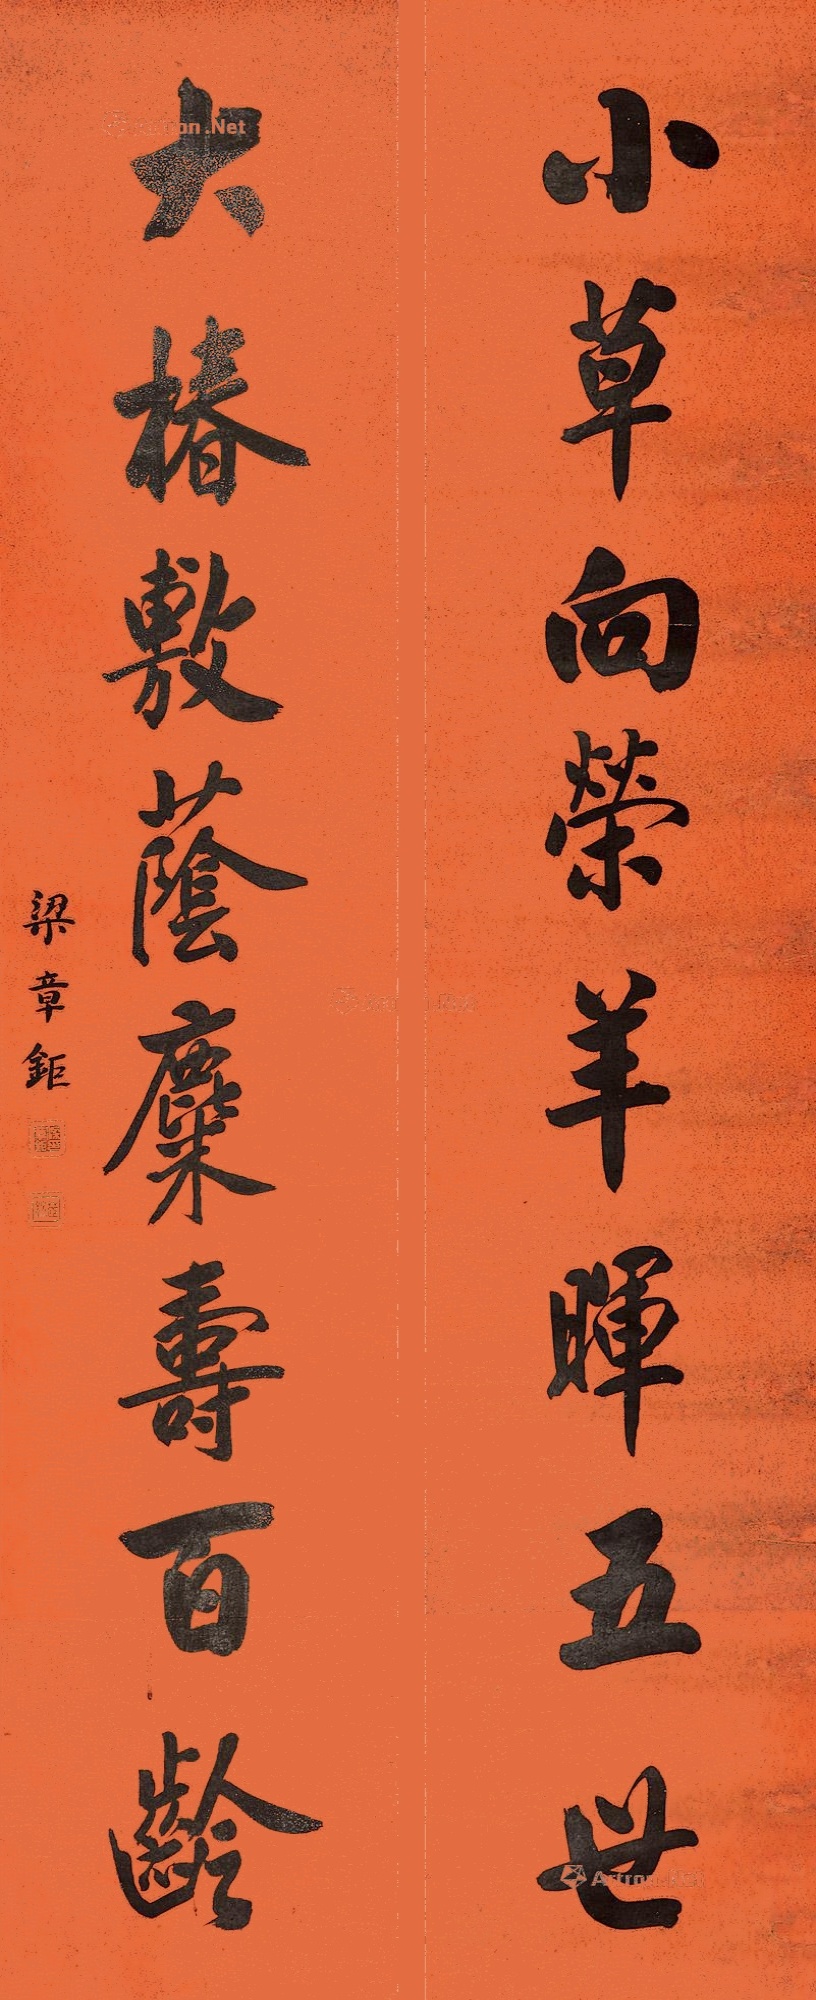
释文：小草向荣羊晖五世，大椿敷荫麋寿百龄。梁章钜。